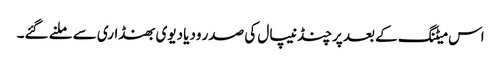
اس میٹنگ کے بعد پرچنڈ نیپال کی صدر ودیا دیوی بھنڈاری سے ملنے گئے۔